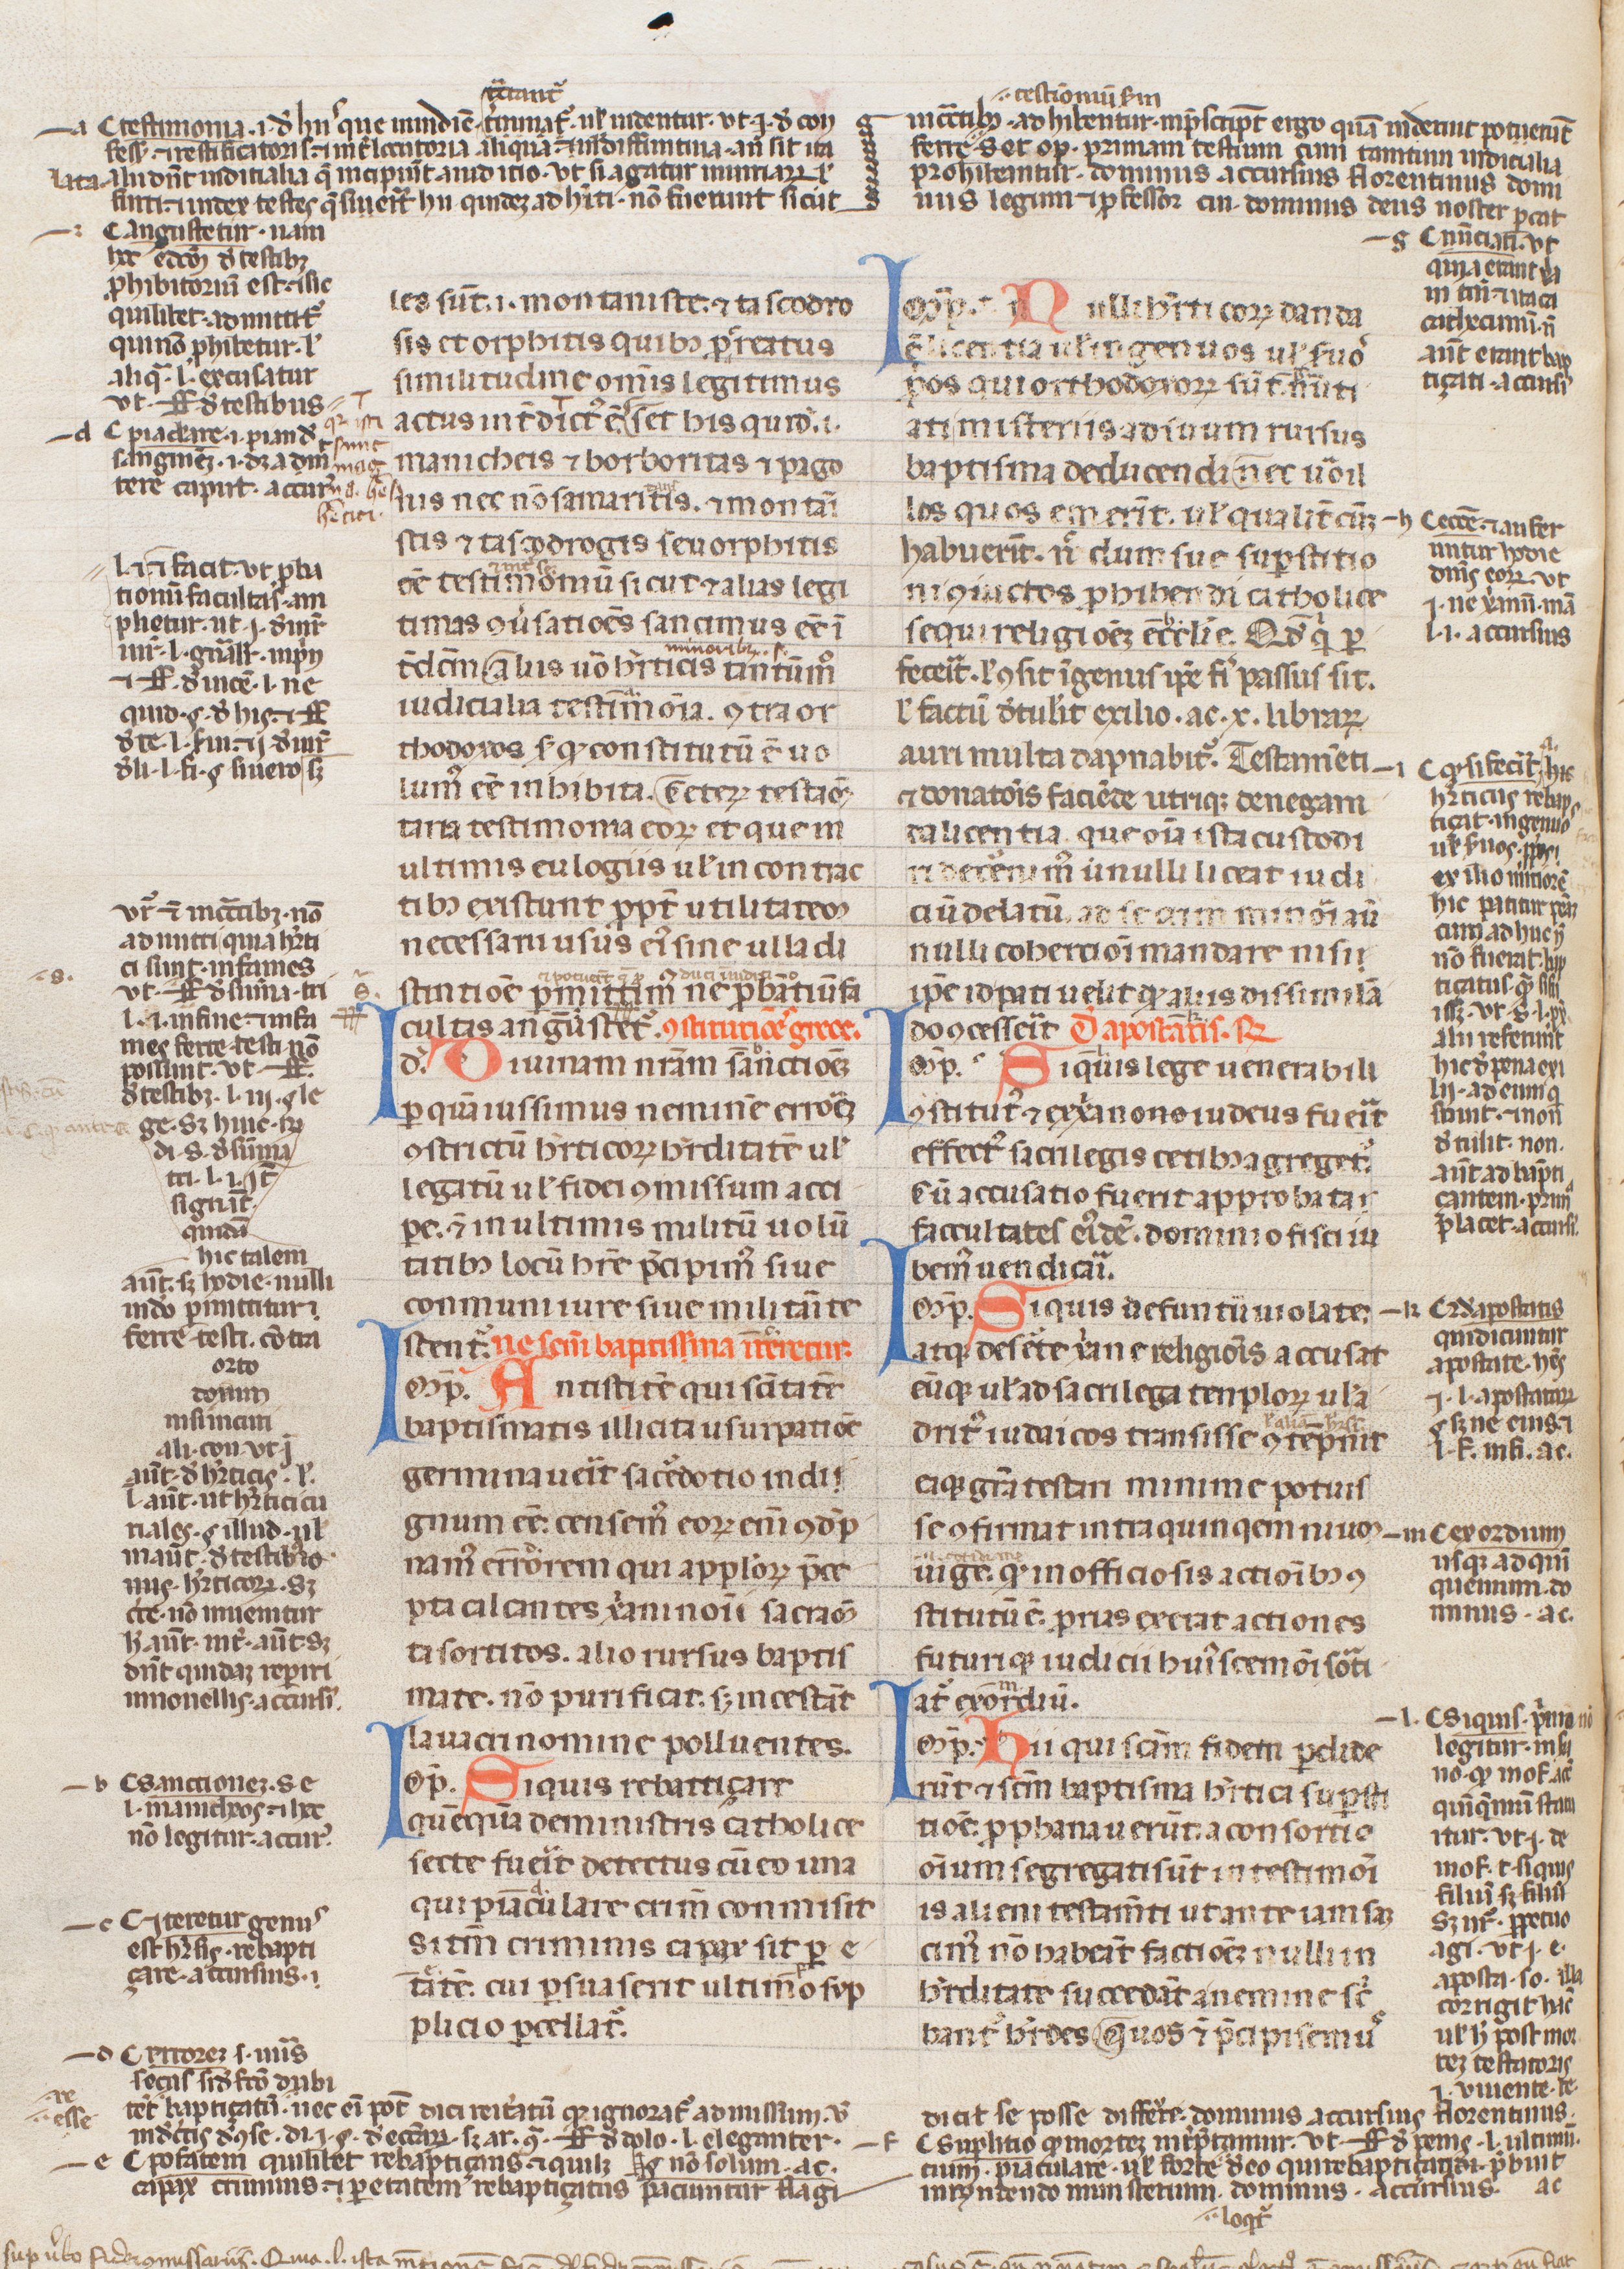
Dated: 1250–1399